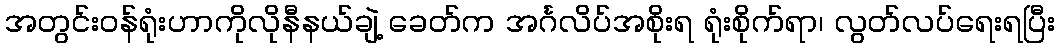
အတွင်းဝန်ရုံးဟာကိုလိုနီနယ်ချဲ့ ခေတ်က အင်္ဂလိပ်အစိုးရ ရုံးစိုက်ရာ၊ လွတ်လပ်ရေးရပြီး